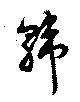
韓